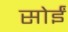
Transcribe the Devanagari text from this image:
सोईं